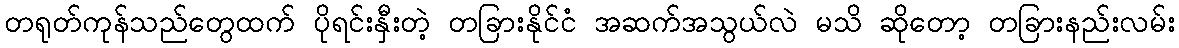
တရုတ်ကုန်သည်တွေထက် ပိုရင်းနှီးတဲ့ တခြားနိုင်ငံ အဆက်အသွယ်လဲ မသိ ဆိုတော့ တခြားနည်းလမ်း